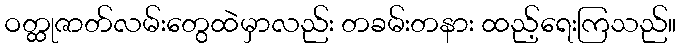
ဝတ္ထုဇာတ်လမ်းတွေထဲမှာလည်း တခမ်းတနား ထည့်ရေးကြသည်။